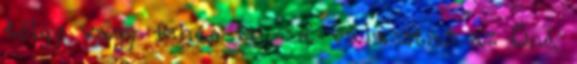
tölgy vagy fehér is - a választás az Öné